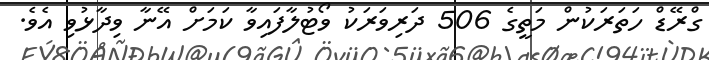
ގްރޭޑް ހަތަރަކުން މަތީގެ 506 ދަރިވަރަކު ވޯޓުލާފައިވާ ކަމަށް އޭނާ ވިދާޅުވި އެވެ.